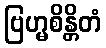
ဗြဟ္မစိန္တိတံ